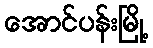
အောင်ပန်းမြို့